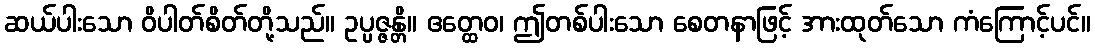
ဆယ်ပါးသော ဝိပါတ်စိတ်တို့သည်။ ဥပ္ပဇ္ဇန္တိ။ ဧတ္ထေဝ၊ ဤတစ်ပါးသော စေတနာဖြင့် အားထုတ်သော ကံကြောင့်ပင်။